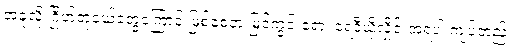
အခုလို ဂြိုဟ်တုငယ်တွေကြောင့် ဖြစ်စေတဲ့ မြင်ကွင်းရော၊ ရေဒီယိုလှိုင်းအရပါ ကျပ်တည်း